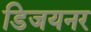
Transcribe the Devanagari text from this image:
डिजयनर